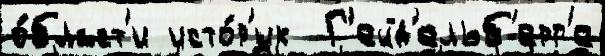
о́бласт'и исто́р'ик  Г'ейд'ельб'ерг'е